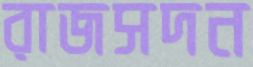
রাজসদন